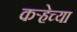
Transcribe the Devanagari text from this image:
कऱ्हेच्या